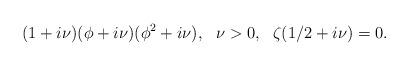
LaTeX: \begin{align*}(1+i\nu)(\phi + i\nu) (\phi^2 + i\nu),~~\nu > 0,~~\zeta(1/2+i\nu)=0.\end{align*}